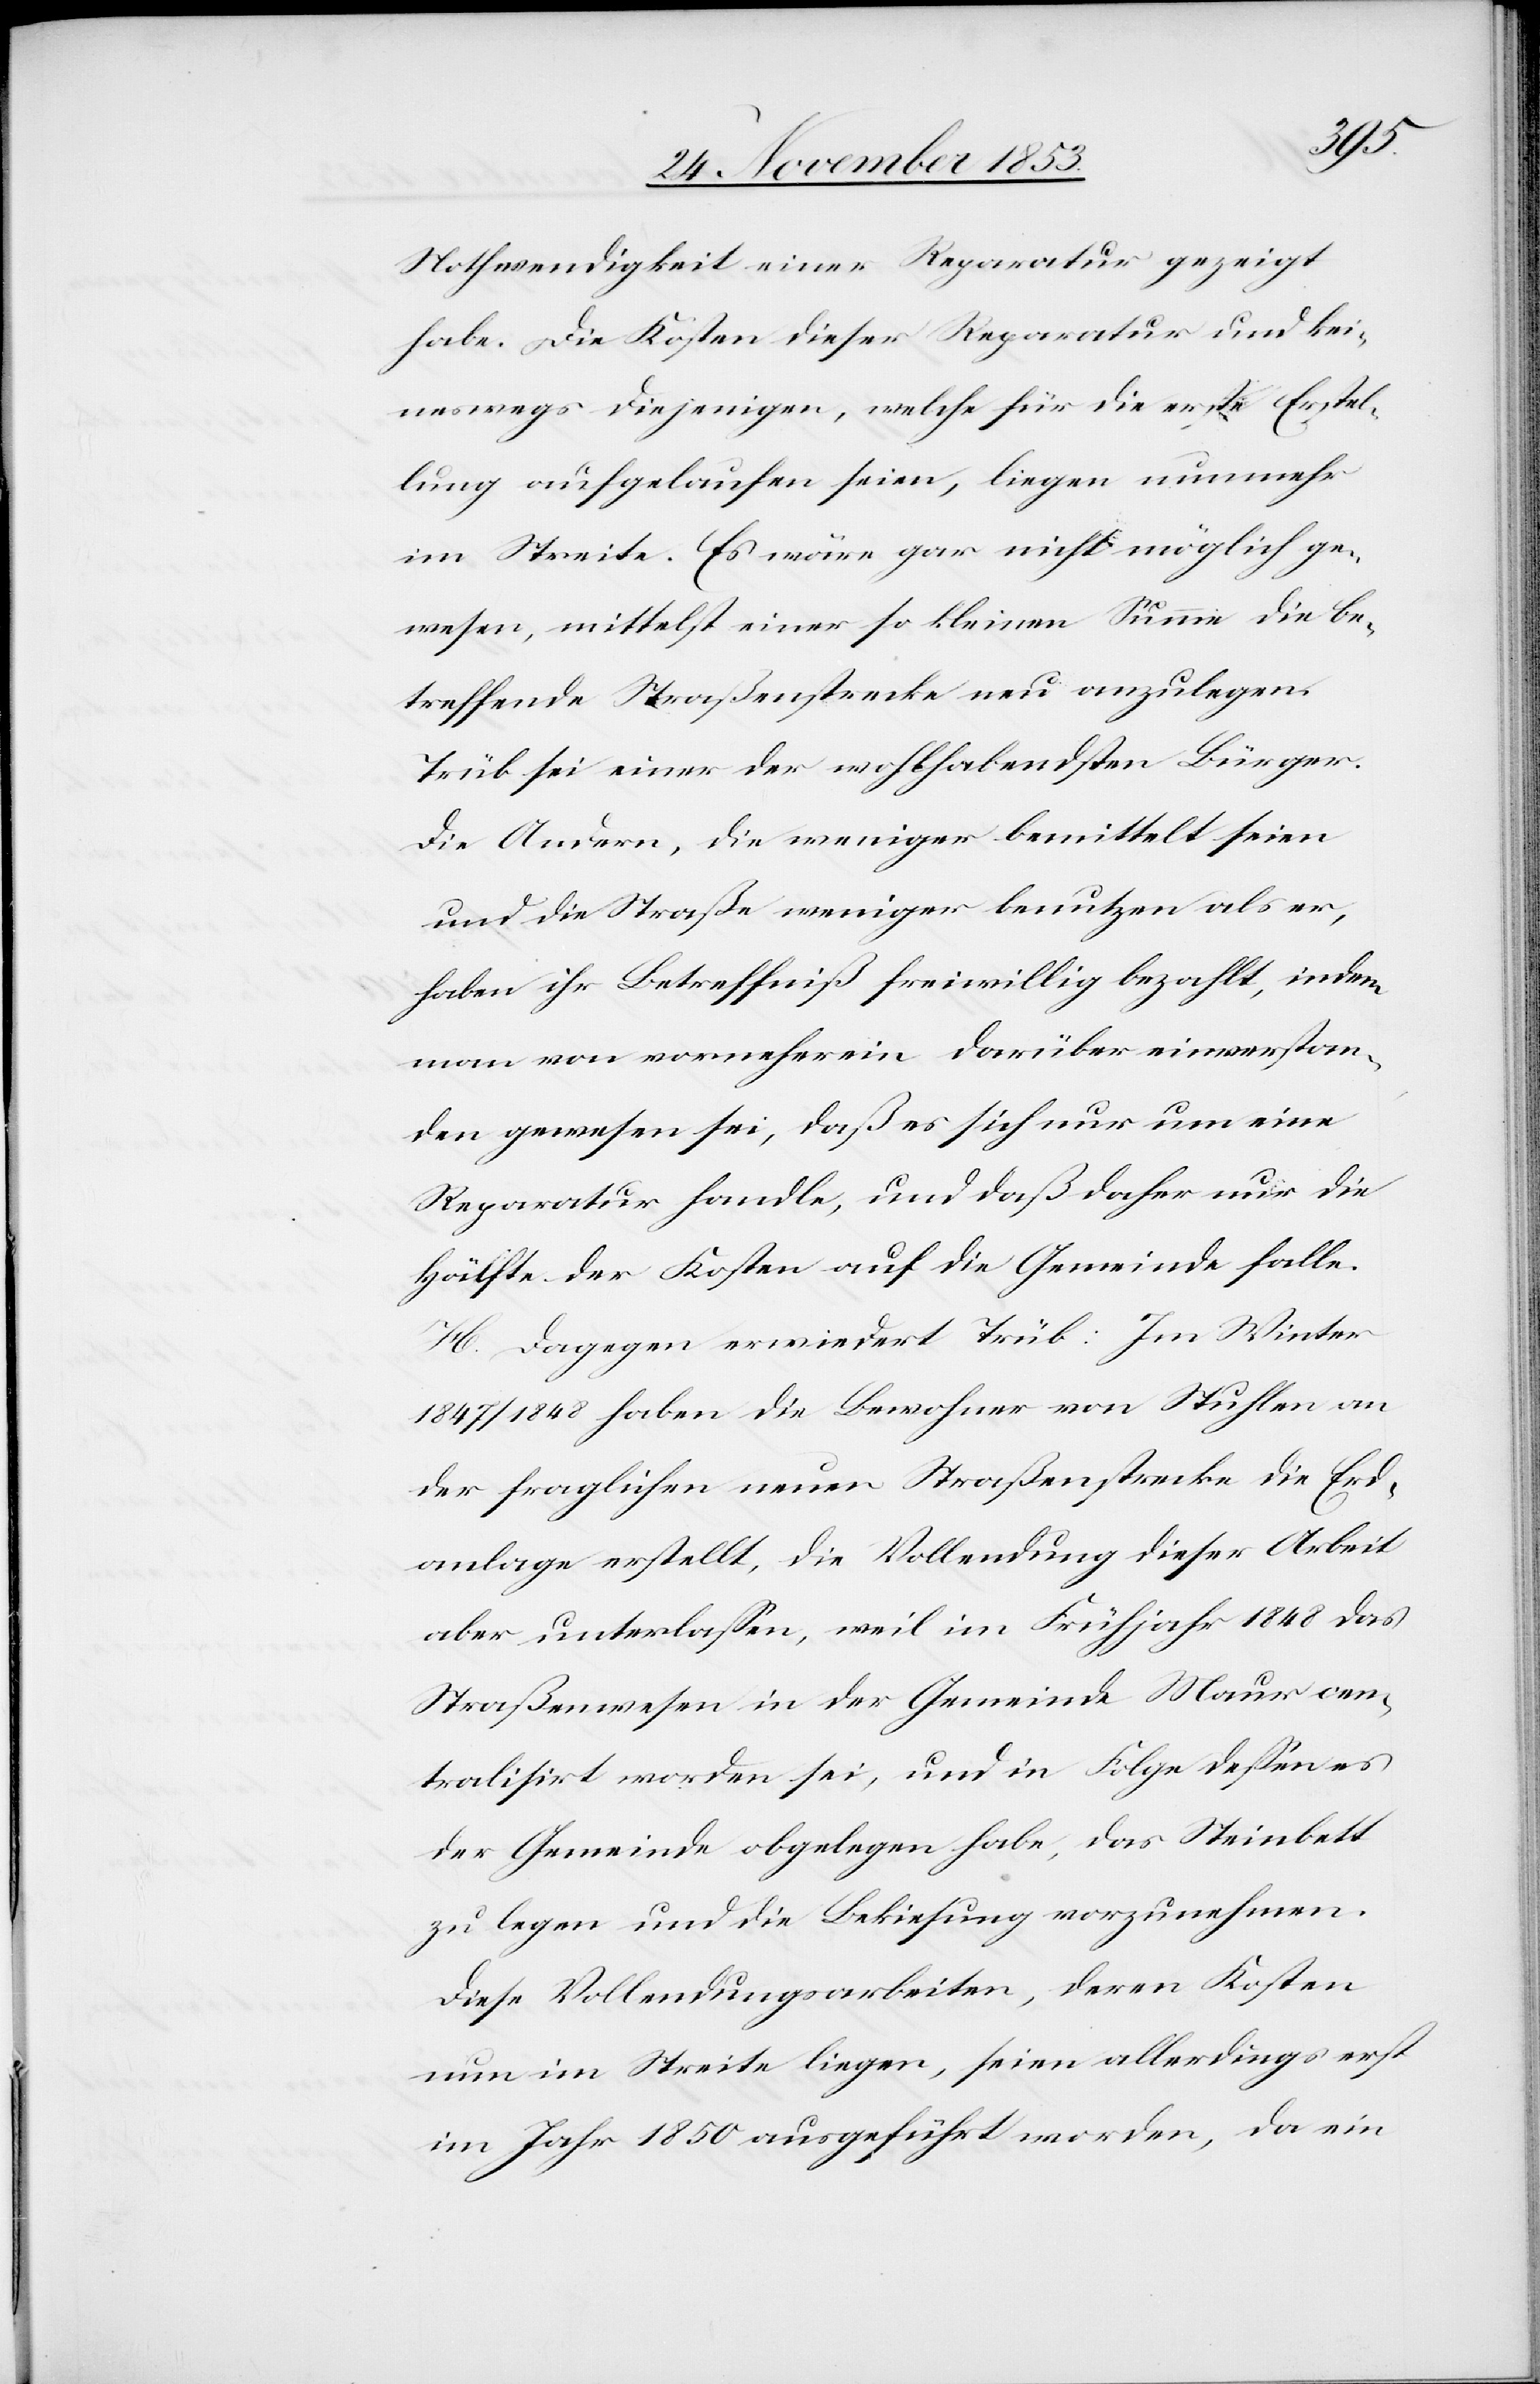
Nothwendigkeit einer Reparatur gezeigt
habe. Die Kosten dieser Reparatur und kei¬
neswegs diejenigen, welche für die erste Erstel¬
lung aufgelaufen seien, liegen nunmehr
im Streite. Es wäre gar nicht möglich ge¬
wesen, mittelst einer so kleinen Summe die be¬
treffende Straßenstrecke neu anzulegen.
Trüb sei einer der wohlhabendsten Bürger.
Die Andern, die weniger bemittelt seien
und die Straße weniger benutzen als er,
haben ihr Betreffniß freiwillig bezahlt, indem
man von vorneherein darüber einverstan¬
den gewesen sei, daß es sich nur um eine
Reparatur handle, und daß daher nur die
Hälfte der Kosten auf die Gemeinde falle.
H. Dagegen erwiedert Trüb: Im Winter
1847/1848 haben die Bewohner von Stuhlen an
der fraglichen neuen Straßenstrecke die Erd¬
anlage erstellt, die Vollendung dieser Arbeit
aber unterlaßen, weil im Frühjahr 1848 das
Straßenwesen in der Gemeinde Maur cen¬
tralisirt worden sei, und in Folge deßen es
der Gemeinde obgelegen habe, das Steinbett
zu legen und die Bekiesung vorzunehmen.
Diese Vollendungsarbeiten, deren Kosten
nun im Streite liegen, seien allerdings erst
im Jahr 1850 ausgeführt worden, da ein